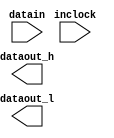
// megafunction wizard: %ALTDDIO_IN%VBB%
// GENERATION: STANDARD
// VERSION: WM1.0
// MODULE: altddio_in 

// ============================================================
// Megafunction Name(s):
// 			altddio_in
//
// Simulation Library Files(s):
// 			altera_mf
// ============================================================
// ************************************************************
// THIS IS A WIZARD-GENERATED FILE. DO NOT EDIT THIS FILE!
//
// 8.1 Build 163 10/28/2008 SJ Full Version
// ************************************************************

//Copyright (C) 1991-2008 Altera Corporation
//Your use of Altera Corporation's design tools, logic functions 
//and other software and tools, and its AMPP partner logic 
//functions, and any output files from any of the foregoing 
//(including device programming or simulation files), and any 
//associated documentation or information are expressly subject 
//to the terms and conditions of the Altera Program License 
//Subscription Agreement, Altera MegaCore Function License 
//Agreement, or other applicable license agreement, including, 
//without limitation, that your use is for the sole purpose of 
//programming logic devices manufactured by Altera and sold by 
//Altera or its authorized distributors.  Please refer to the 
//applicable agreement for further details.

module DdrIn (
	datain,
	inclock,
	dataout_h,
	dataout_l);

	input	[7:0]  datain;
	input	  inclock;
	output	[7:0]  dataout_h;
	output	[7:0]  dataout_l;

endmodule

// ============================================================
// CNX file retrieval info
// ============================================================
// Retrieval info: PRIVATE: ARESET_MODE NUMERIC "2"
// Retrieval info: PRIVATE: CLKEN NUMERIC "0"
// Retrieval info: PRIVATE: INTENDED_DEVICE_FAMILY STRING "Arria GX"
// Retrieval info: PRIVATE: INVERT_INPUT_CLOCKS NUMERIC "0"
// Retrieval info: PRIVATE: POWER_UP_HIGH NUMERIC "0"
// Retrieval info: PRIVATE: SRESET_MODE NUMERIC "2"
// Retrieval info: PRIVATE: SYNTH_WRAPPER_GEN_POSTFIX STRING "0"
// Retrieval info: PRIVATE: WIDTH NUMERIC "8"
// Retrieval info: CONSTANT: INTENDED_DEVICE_FAMILY STRING "Arria GX"
// Retrieval info: CONSTANT: INVERT_INPUT_CLOCKS STRING "OFF"
// Retrieval info: CONSTANT: LPM_TYPE STRING "altddio_in"
// Retrieval info: CONSTANT: POWER_UP_HIGH STRING "OFF"
// Retrieval info: CONSTANT: WIDTH NUMERIC "8"
// Retrieval info: USED_PORT: datain 0 0 8 0 INPUT NODEFVAL datain[7..0]
// Retrieval info: USED_PORT: dataout_h 0 0 8 0 OUTPUT NODEFVAL dataout_h[7..0]
// Retrieval info: USED_PORT: dataout_l 0 0 8 0 OUTPUT NODEFVAL dataout_l[7..0]
// Retrieval info: USED_PORT: inclock 0 0 0 0 INPUT_CLK_EXT NODEFVAL inclock
// Retrieval info: CONNECT: @datain 0 0 8 0 datain 0 0 8 0
// Retrieval info: CONNECT: dataout_h 0 0 8 0 @dataout_h 0 0 8 0
// Retrieval info: CONNECT: dataout_l 0 0 8 0 @dataout_l 0 0 8 0
// Retrieval info: CONNECT: @inclock 0 0 0 0 inclock 0 0 0 0
// Retrieval info: LIBRARY: altera_mf altera_mf.altera_mf_components.all
// Retrieval info: GEN_FILE: TYPE_NORMAL DdrIn.v TRUE
// Retrieval info: GEN_FILE: TYPE_NORMAL DdrIn.ppf TRUE
// Retrieval info: GEN_FILE: TYPE_NORMAL DdrIn.inc FALSE
// Retrieval info: GEN_FILE: TYPE_NORMAL DdrIn.cmp FALSE
// Retrieval info: GEN_FILE: TYPE_NORMAL DdrIn.bsf TRUE
// Retrieval info: GEN_FILE: TYPE_NORMAL DdrIn_inst.v FALSE
// Retrieval info: GEN_FILE: TYPE_NORMAL DdrIn_bb.v TRUE
// Retrieval info: LIB_FILE: altera_mf